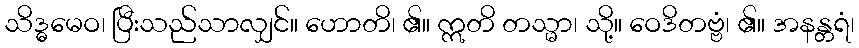
သိဒ္ဓမေဝ၊ ပြီးသည်သာလျှင်။ ဟောတိ၊ ၏။ ဣတိ တသ္မာ၊ သို့။ ဝေဒိတဗ္ဗံ၊ ၏။ အနန္တရံ၊